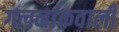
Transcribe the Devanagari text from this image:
गलनांकवाली